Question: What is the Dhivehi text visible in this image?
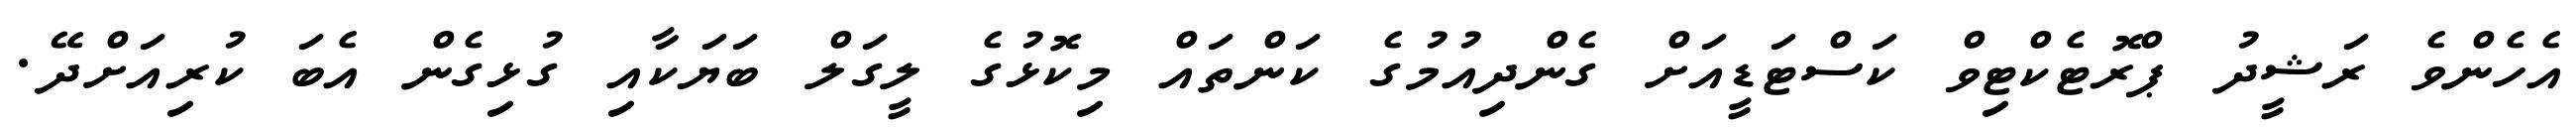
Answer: އެހެންވެ ރަޝީދު ޕްރޮޓެކްޓިވް ކަސްޓަޑީއަށް ގެންދިއުމުގެ ކަންތައް މިކޮޅުގެ ލީގަލް ބަޔަކާއި ގުޅިގެން އެބަ ކުރިއަށްދޭ.